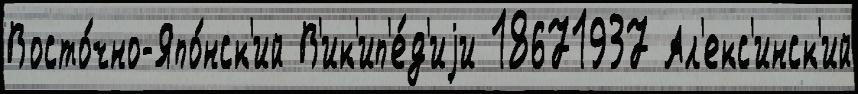
Восто́чно-Япо́нск'ий В'ик'ип'е́д'иjи 18671937 Ал'екс'инск'ий